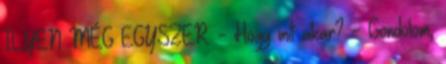
ILYEN MÉG EGYSZER. - Hogy mit akar? - Gondolom,